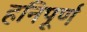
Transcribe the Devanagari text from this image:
हनिपूर्ण